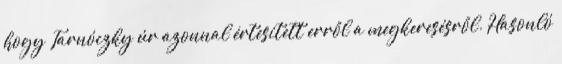
hogy Tarnóczky úr azonnal értesített erről a megkeresésről. Hasonló